system: You are a helpful assistant.
user:
Analyze the provided spectrum to determine if it is a **"Cataclysmic Variables (CV)"**.

- **Key Indicators for CV (Check for either state):**
    - **State 1: Quiescent / Low-State (Emission-Dominated)**
        - **(Primary):** Strong and *very broad* Hydrogen Balmer emission lines (e.g., $H\alpha$ at 6563 Å, $H\beta$ at 4861 Å). The 'broadness' (high velocity dispersion, often FWHM > 1000 km/s) is the key diagnostic, indicating a high-velocity accretion disk.
        - **(Secondary):** Broad neutral Helium (He I) emission lines (e.g., 5876 Å, 6678 Å).
        - **(Key Confirmation):** Presence of high-excitation *ionized* Helium (He II) emission at 4686 Å. This is a strong indicator of accretion onto a white dwarf.
        - **(Line Profile):** Emission lines may exhibit a 'double-peaked' profile, which is a classic signature of a rotating accretion disk viewed at high inclination.

    - **State 2: Outburst / High-State (Absorption-Dominated)**
        - **(Primary):** Spectrum is dominated by a bright, blue continuum (looks like a hot star).
        - **(Secondary):** The emission lines from State 1 are weak, absent, or 'filled in', and are replaced by broad, shallow *absorption* lines (primarily Balmer and He I).
        - **(Morphology):** The overall spectrum mimics a hot B/A-type star. The crucial difference is that the absorption lines are significantly broader, shallower, and more 'washed-out' (or 'smeared') than the sharp lines of a normal stellar photosphere, due to high rotational speeds and pressure broadening in the disk.

Think first, call **spectral_visualization_tool** if needed to examine features in detail, then provide your final answer. Your response must adhere to the following strict rules:
1.  **Overall Structure:** Your response must follow the format `<think>...</think> <tool_call>...</tool_call> (if a tool is used) <answer>...</answer>`.
2.  **Tool Usage Constraint:** You may only make **one** tool call per turn.
3.  **Final Answer Format:** In the `<answer>` tag, your conclusion must be inside a `\boxed{}` command (e.g., `\boxed{YES}`), followed by your justification.

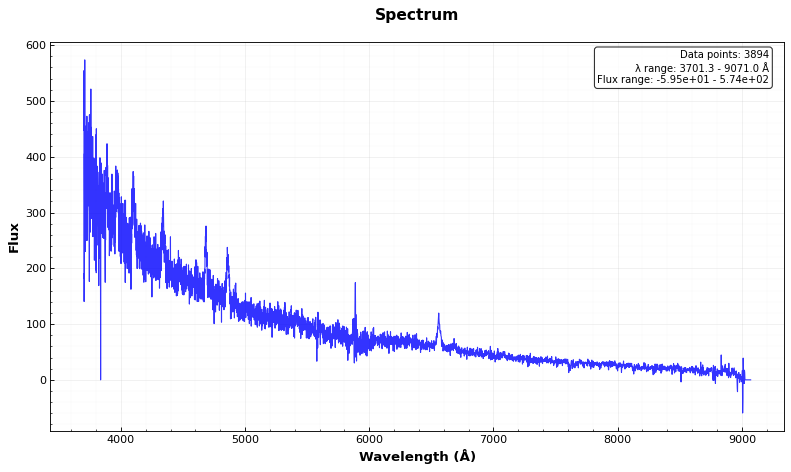
Answer: YES